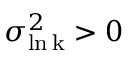
\sigma _ { \mathrm { \ln k } } ^ { 2 } > 0